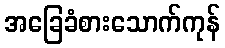
အခြေခံစားသောက်ကုန်